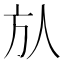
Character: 㫃